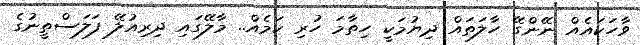
ވާހަކައެއް ނޭންގޭ ހާލަތައް ދިޔުމަކީ ހިތާމަ ހުރި ކަމެއް.. މާލޭގައި ދިރިއުލޭ ފަލަސްތީނުގެ